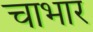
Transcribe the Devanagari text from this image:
चाभार